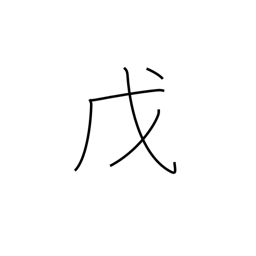
Meaning: 5th calendar sign